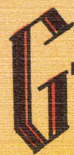
G